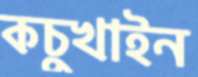
কচুখাইন